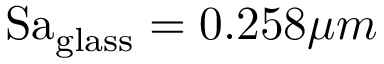
\mathrm { S a } _ { \mathrm { g l a s s } } = 0 . 2 5 8 \mu m